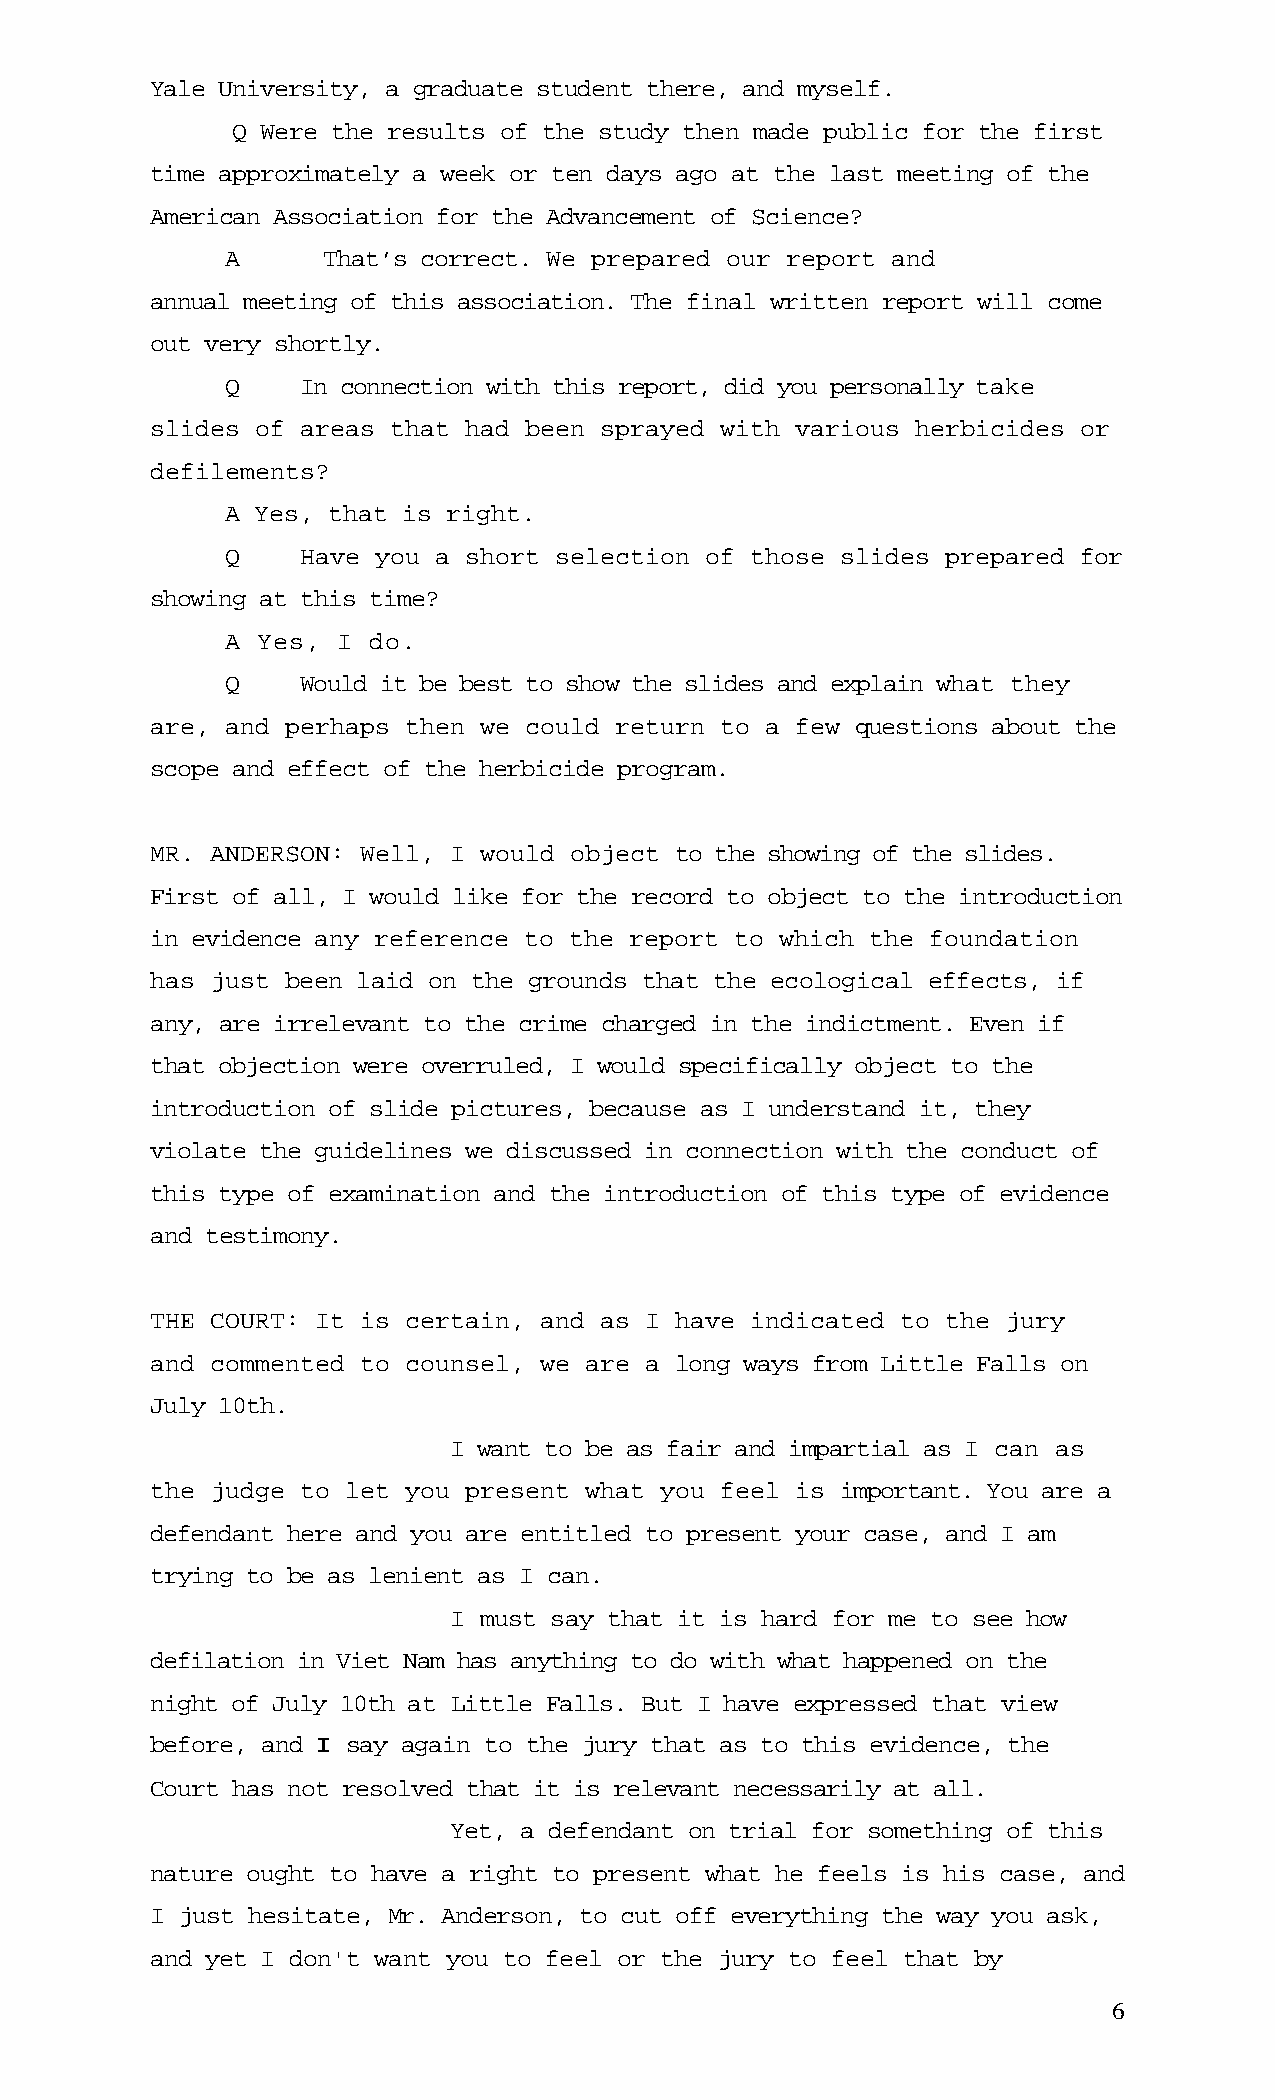
Yale University, a graduate student there, and myself.
 Q Were the results of the study then made public for the first
 time approximately a week or ten days ago at the last meeting of the
 American Association for the Advancement of Science?
 A     That’s correct. We prepared our report and
 annual meeting of this association. The final written report will come
 out very shortly.
 Q    In connection with this report, did you personally take
 slides of areas that had been sprayed with various herbicides or
 defilements?
 A Yes, that is right.
 Q    Have you a short selection of those slides prepared for
 showing at this time?
 A Yes, I do.
 Q    Would it be best to show the slides and explain what they
 are, and perhaps then we could return to a few questions about the
 scope and effect of the herbicide program.
 MR. ANDERSON: Well, I would object to the showing of the slides.
 First of all, I would like for the record to object to the introduction
 in evidence any reference to the report to which the foundation
 has just been laid on the grounds that the ecological effects, if
 any, are irrelevant to the crime charged in the indictment. Even if
 that objection were overruled, I would specifically object to the
 introduction of slide pictures, because as I understand it, they
 violate the guidelines we discussed in connection with the conduct of
 this type of examination and the introduction of this type of evidence
 and testimony.
 THE COURT: It is certain, and as I have indicated to the jury
 and commented to counsel, we are a long ways from Little Falls on
 July 10th.
 I want to be as fair and impartial as I can as
 the judge to let you present what you feel is important. You are a
 defendant here and you are entitled to present your case, and I am
 trying to be as lenient as I can.
 I must say that it is hard for me to see how
 defilation in Viet Nam has anything to do with what happened on the
 night of July 10th at Little Falls. But I have expressed that view
 before, and I say again to the jury that as to this evidence, the
 Court has not resolved that it is relevant necessarily at all.
 Yet, a defendant on trial for something of this
 nature ought to have a right to present what he feels is his case, and
 I just hesitate, Mr. Anderson, to cut off everything the way you ask,
 and yet I don't want you to feel or the jury to feel that by
 6